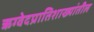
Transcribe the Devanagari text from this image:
ऋग्वेदप्रातिशाख्यांतील